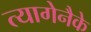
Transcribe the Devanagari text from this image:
त्यागेनैके